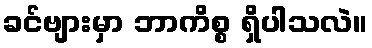
ခင်ဗျားမှာ ဘာကိစ္စ ရှိပါသလဲ။